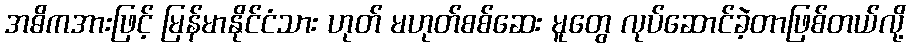
အဓိကအားဖြင့် မြန်မာနိုင်ငံသား ဟုတ် မဟုတ်စစ်ဆေး မူတွေ လုပ်ဆောင်ခဲ့တာဖြစ်တယ်လို့